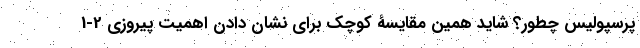
پرسپولیس چطور؟ شاید همین مقایسۀ کوچک برای نشان دادن اهمیت پیروزی 2-1